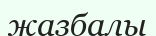
жазбалы